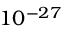
1 0 ^ { - 2 7 }